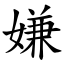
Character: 嫌